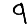
Digit: 9